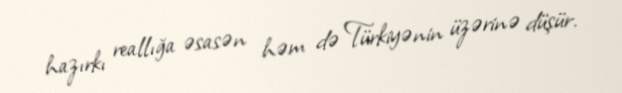
hazırkı reallığa əsasən həm də Türkiyənin üzərinə düşür.